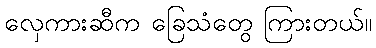
လှေကားဆီက ခြေသံတွေ ကြားတယ်။